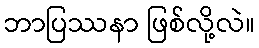
ဘာပြဿနာ ဖြစ်လို့လဲ။